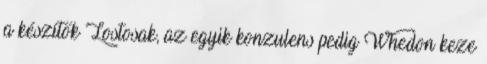
a készítők Lostosak, az egyik konzulens pedig Whedon keze